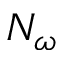
N _ { \omega }